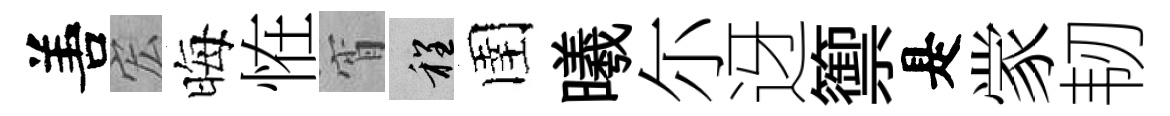
𠵊宏晦恠宵程圉曦尓迓籞是䝉韧